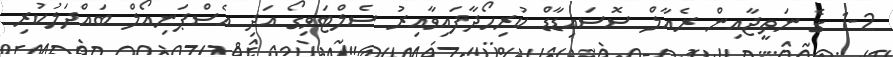
1-2 ގެ ނަތީޖާއިން ރެއާލް ސޮސައިޑާޑް ކުރިހޯދާފައިވާއިރު ސެލްޓަވިގޯ އަދި އެސްޕަނިއޯލް ބައްދަލުކުރި